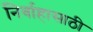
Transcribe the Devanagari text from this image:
निर्वाहासाठी